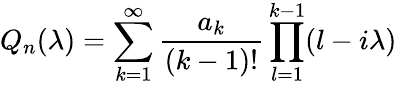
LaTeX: Q_{n}(\lambda)=\sum_{k=1}^{\infty}\frac{a_{k}}{(k-1)!}\prod_{l=1}^{k-1}(l-i\lambda)